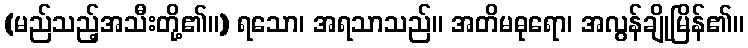
(မည်သည့်အသီးတို့၏။) ရသော၊ အရသာသည်။ အတိမဓုရော၊ အလွန်ချိုမြိန်၏။